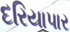
દરિયાપાર